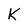
Character: k